65_HS1-834228961_62-HQ-83894_Section_7
Agency: FBI
Page 204
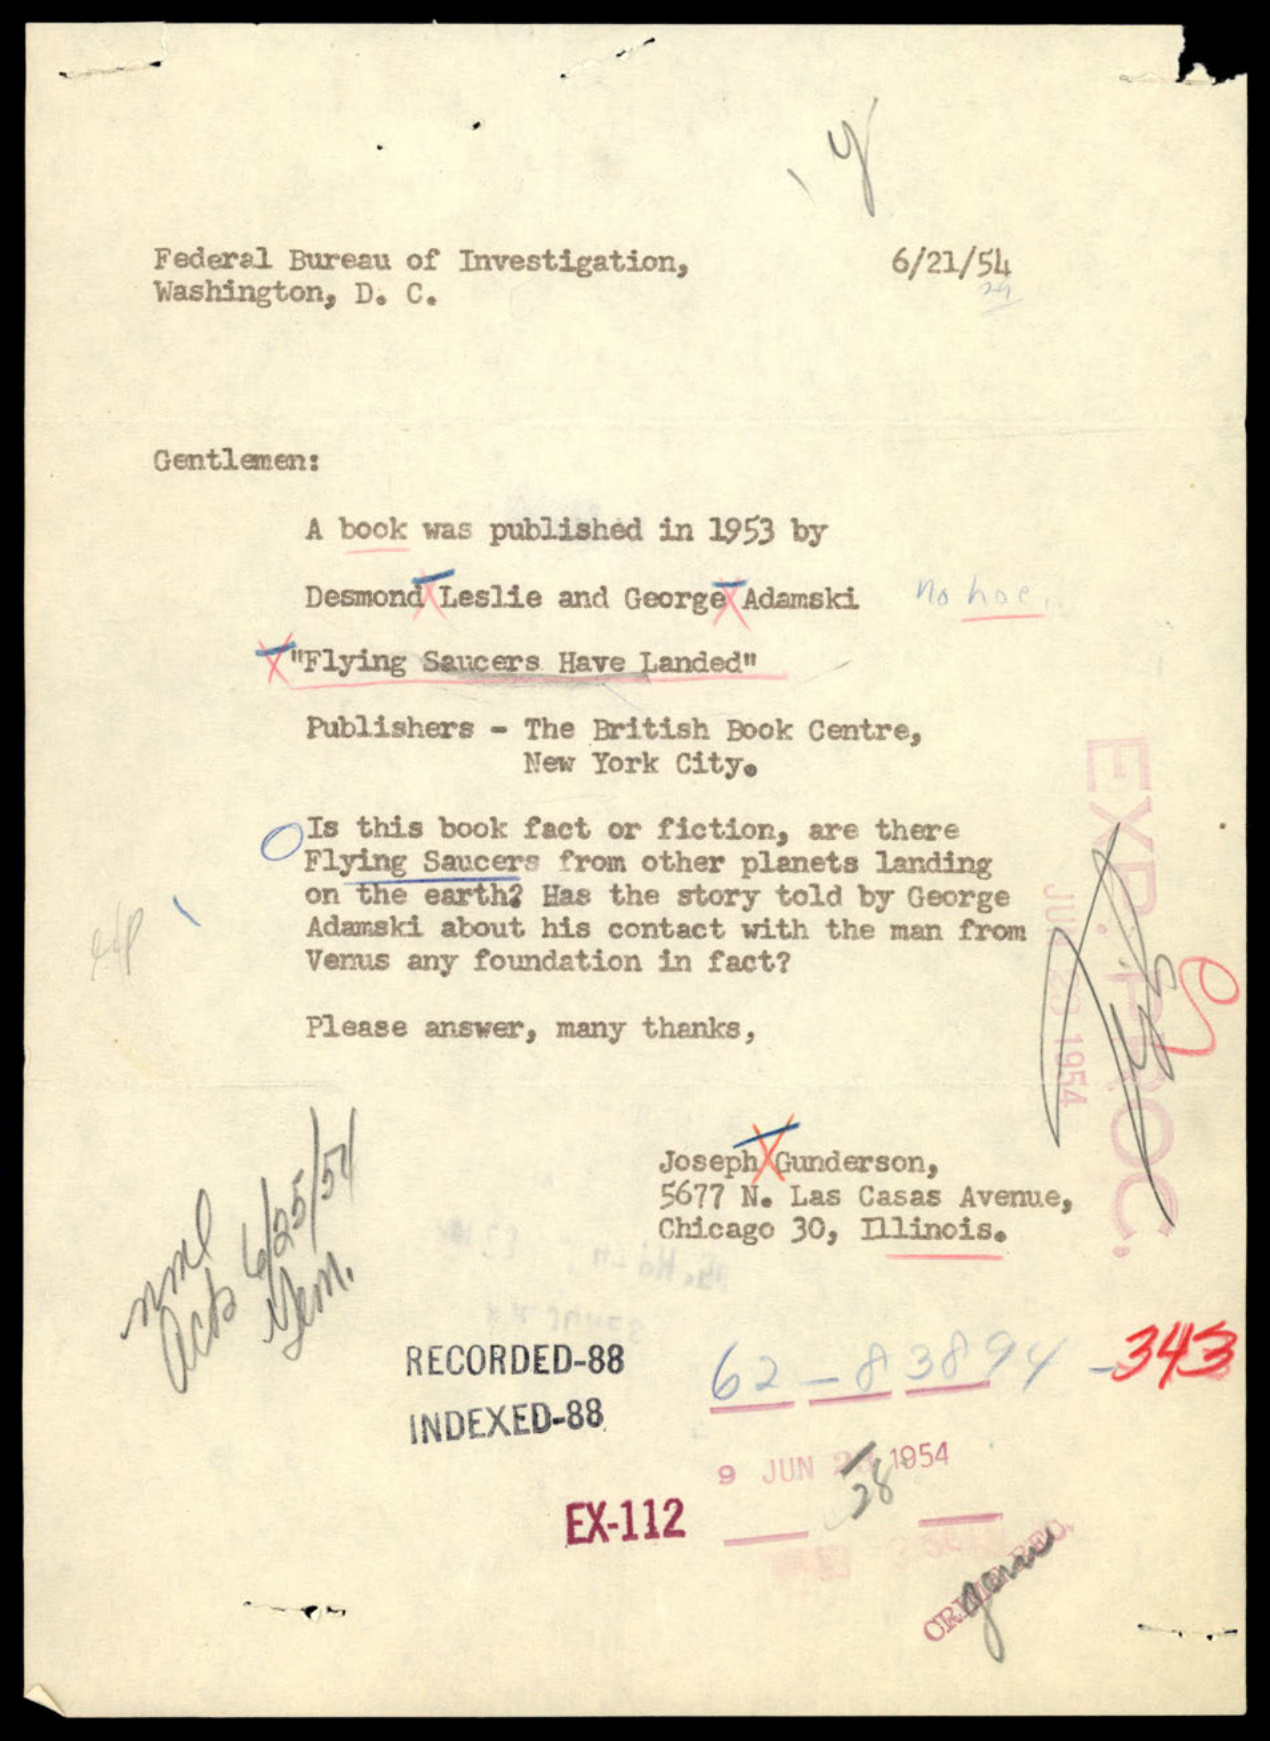